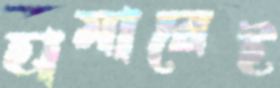
হামারেই